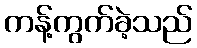
ကန့်ကွက်ခဲ့သည်